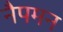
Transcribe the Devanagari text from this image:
नैपमन